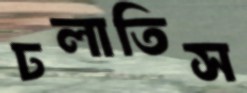
ঢলাতিস